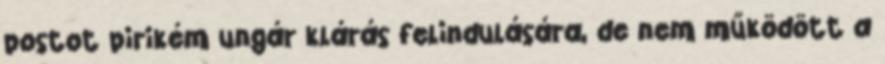
postot pirikém ungár klárás felindulására, de nem működött a